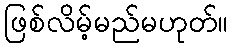
ဖြစ်လိမ့်မည်မဟုတ်။